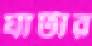
ঘাটার